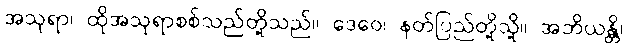
အသုရာ၊ ထိုအသုရာစစ်သည်တို့သည်။ ဒေဝေ၊ နတ်ပြည်တို့သို့။ အဘိယန္တိ၊